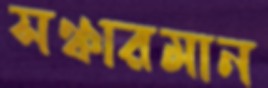
সঞ্চারমান